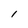
Character: l